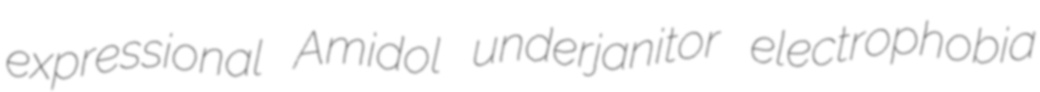
expressional Amidol underjanitor electrophobia